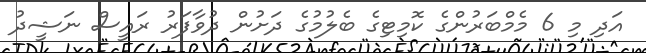
އަދި މި 6 މެމްބަރުންގެ ކޮމިޓިގެ ބެލުމުގެ ދަށުން ދުވާފަރު ރައީސް ނަޝީދު